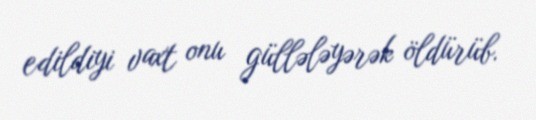
edildiyi vaxt onu güllələyərək öldürüb.